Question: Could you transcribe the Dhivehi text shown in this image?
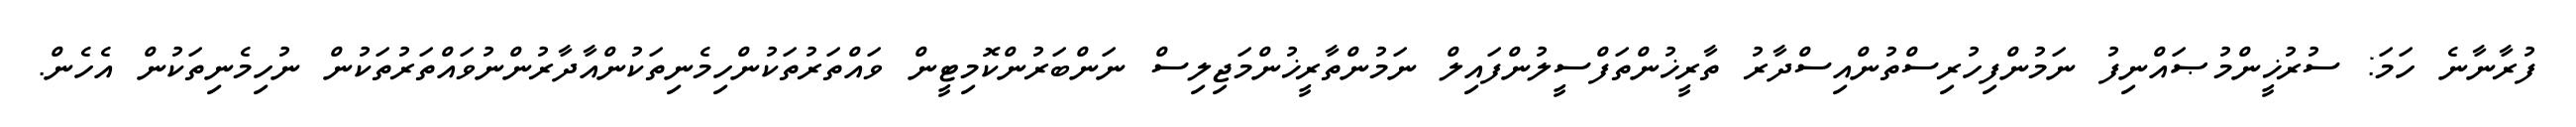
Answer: ފުރާނާނެ ހަމަ: ސުރުޚީންމުޞައްނިފު ނަމުންފިހުރިސްތުންއިސްދާރު ތާރީޚުންތަފްސީލުންފައިލް ނަމުންތާރީޚުންމަޖިލިސް ނަންބަރުންކޮމިޓީން ވައްތަރުތަކުންހިމެނިތަކުންއާދާރުންނުވައްތަރުތަކުން ނުހިމެނިތަކުން އެހެން.